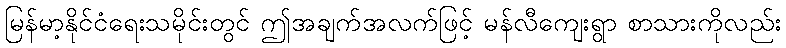
မြန်မာ့နိုင်ငံရေးသမိုင်းတွင် ဤအချက်အလက်ဖြင့် မန်လီကျေးရွာ စာသားကိုလည်း